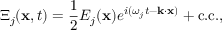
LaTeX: \Xi _ { j } ( \mathbf { x } , t ) = { \frac { 1 } { 2 } } E _ { j } ( \mathbf { x } ) e ^ { i ( \omega _ { j } t - \mathbf { k } \cdot \mathbf { x } ) } + { \mathrm { c . c . } } ,